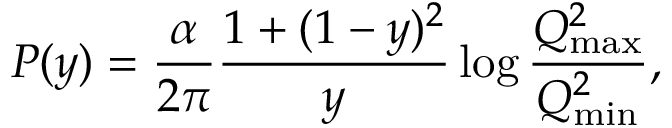
P ( y ) = { \frac { \alpha } { 2 \pi } } { \frac { 1 + ( 1 - y ) ^ { 2 } } { y } } \log { \frac { Q _ { \mathrm { m a x } } ^ { 2 } } { Q _ { \mathrm { m i n } } ^ { 2 } } } ,